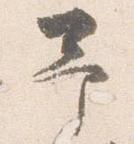
予